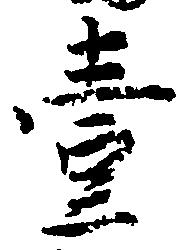
壱